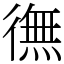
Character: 㣳